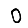
Digit: 0